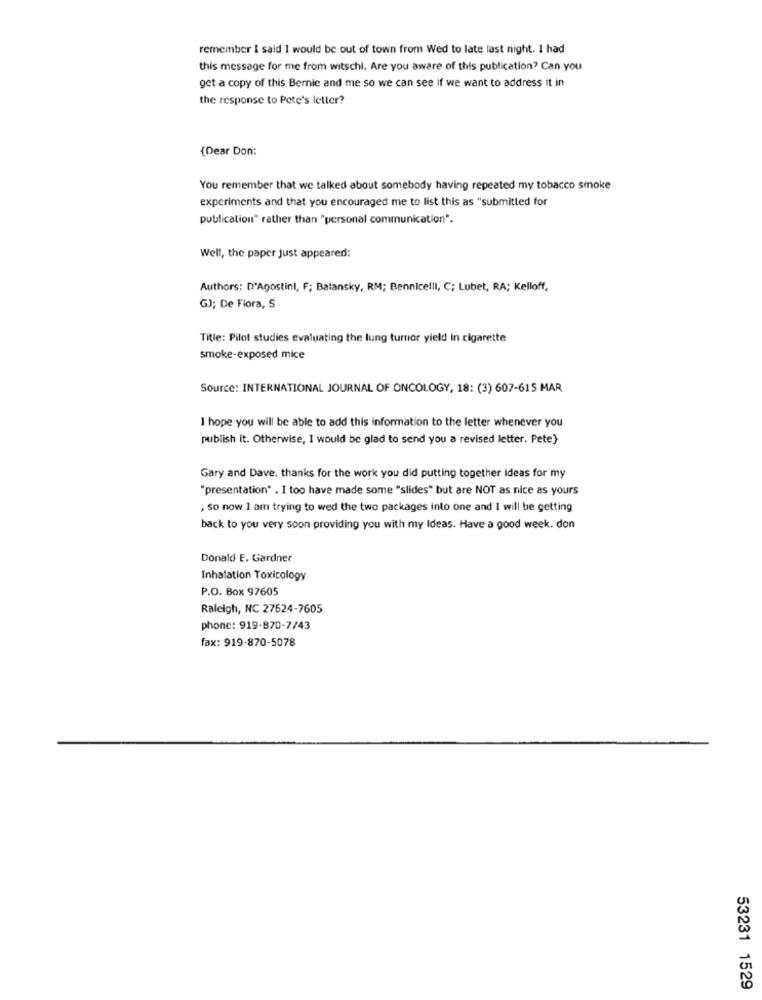
remember I said I would be out of town from Wed to late last night. I had
this message for me from witschi. Are you aware of this publication? Can you
get a copy of this Bernie and me so we can see if we want to address it in
the response to Pete's letter?
{Dear Don:
You remember that we talked about somebody having repeated my tobacco smoke
experiments and that you encouraged me to list this as "submitted for
publication" rather than "personal communication".
Well, the paper just appeared:
Authors: D'Agostini, F; Balansky, RM; Bennicelli, C; Lubet, RA; Kelloff,
GJ; De Flora, S
Title: Pilot studies evaluating the lung turnor yield In cigarette
smoke-exposed mice
Source: INTERNATIONAL JOURNAL OF ONCOLOGY, 18: (3) 607-615 MAR
I hope you will be able to add this information to the letter whenever you
publish it. Otherwise, 1 would be glad to send you a revised letter. Pete}
Gary and Dave. thanks for the work you did putting together Ideas for my
"presentation" . I too have made some "slides" but are NOT as nice as yours
, so now I am trying to wed the two packages into one and I will be getting
back to you very soon providing you with my Ideas. Have a good week. don
Donald E. Gardner
Inhalation Toxicology
P.O. Box 97605
Raleigh, NC 27624-7605
phone: 919-870-7743
fax: 919-870-5078
53231 1529